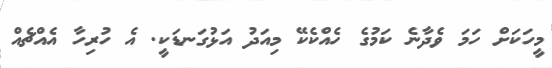
މީހަކަށް ހަމަ ވެދާނެ ކަމުގެ ހެއްކެކޭ މިއަދު އަޅުގަނޑަކީ. އެ ހުރިހާ އެއްޗެއް